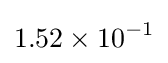
1.52\times 10^{-1}